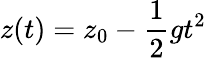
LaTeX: z(t)=z_{0}-\frac{1}{2}gt^{2}